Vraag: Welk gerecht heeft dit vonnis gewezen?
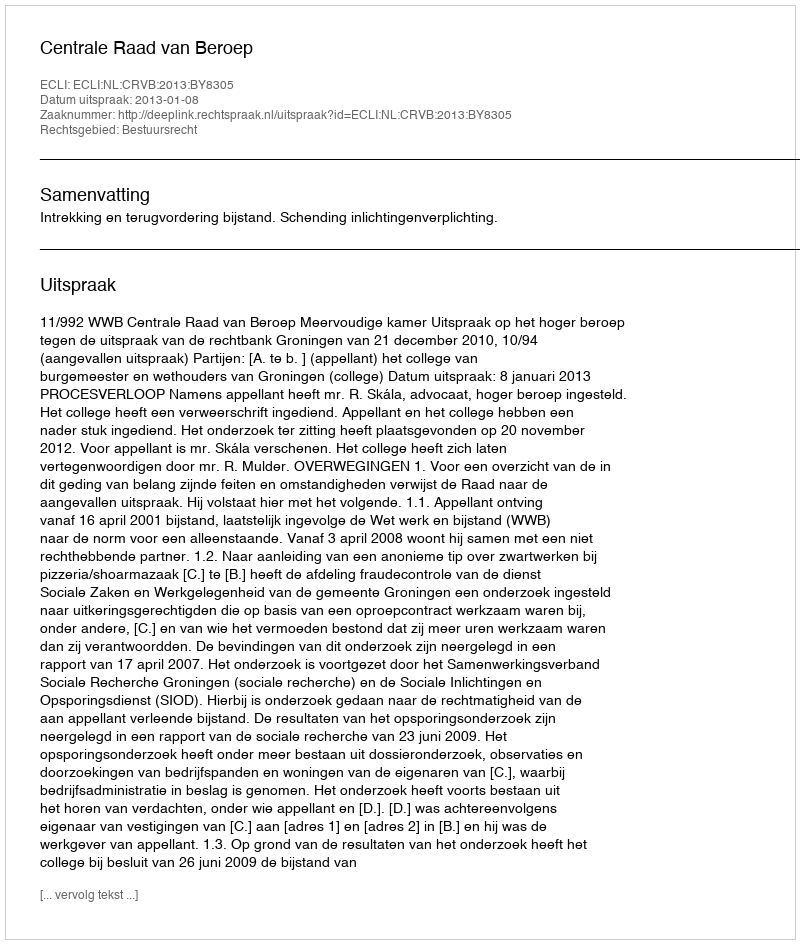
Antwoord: Centrale Raad van Beroep